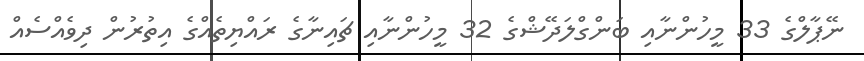
ނޭޕާލްގެ 33 މީހުންނާއި ބަންގްލަދޭޝްގެ 32 މީހުންނާއި ޗައިނާގެ ރައްޔިތެއްގެ އިތުރުން ދިވެއްސެއް